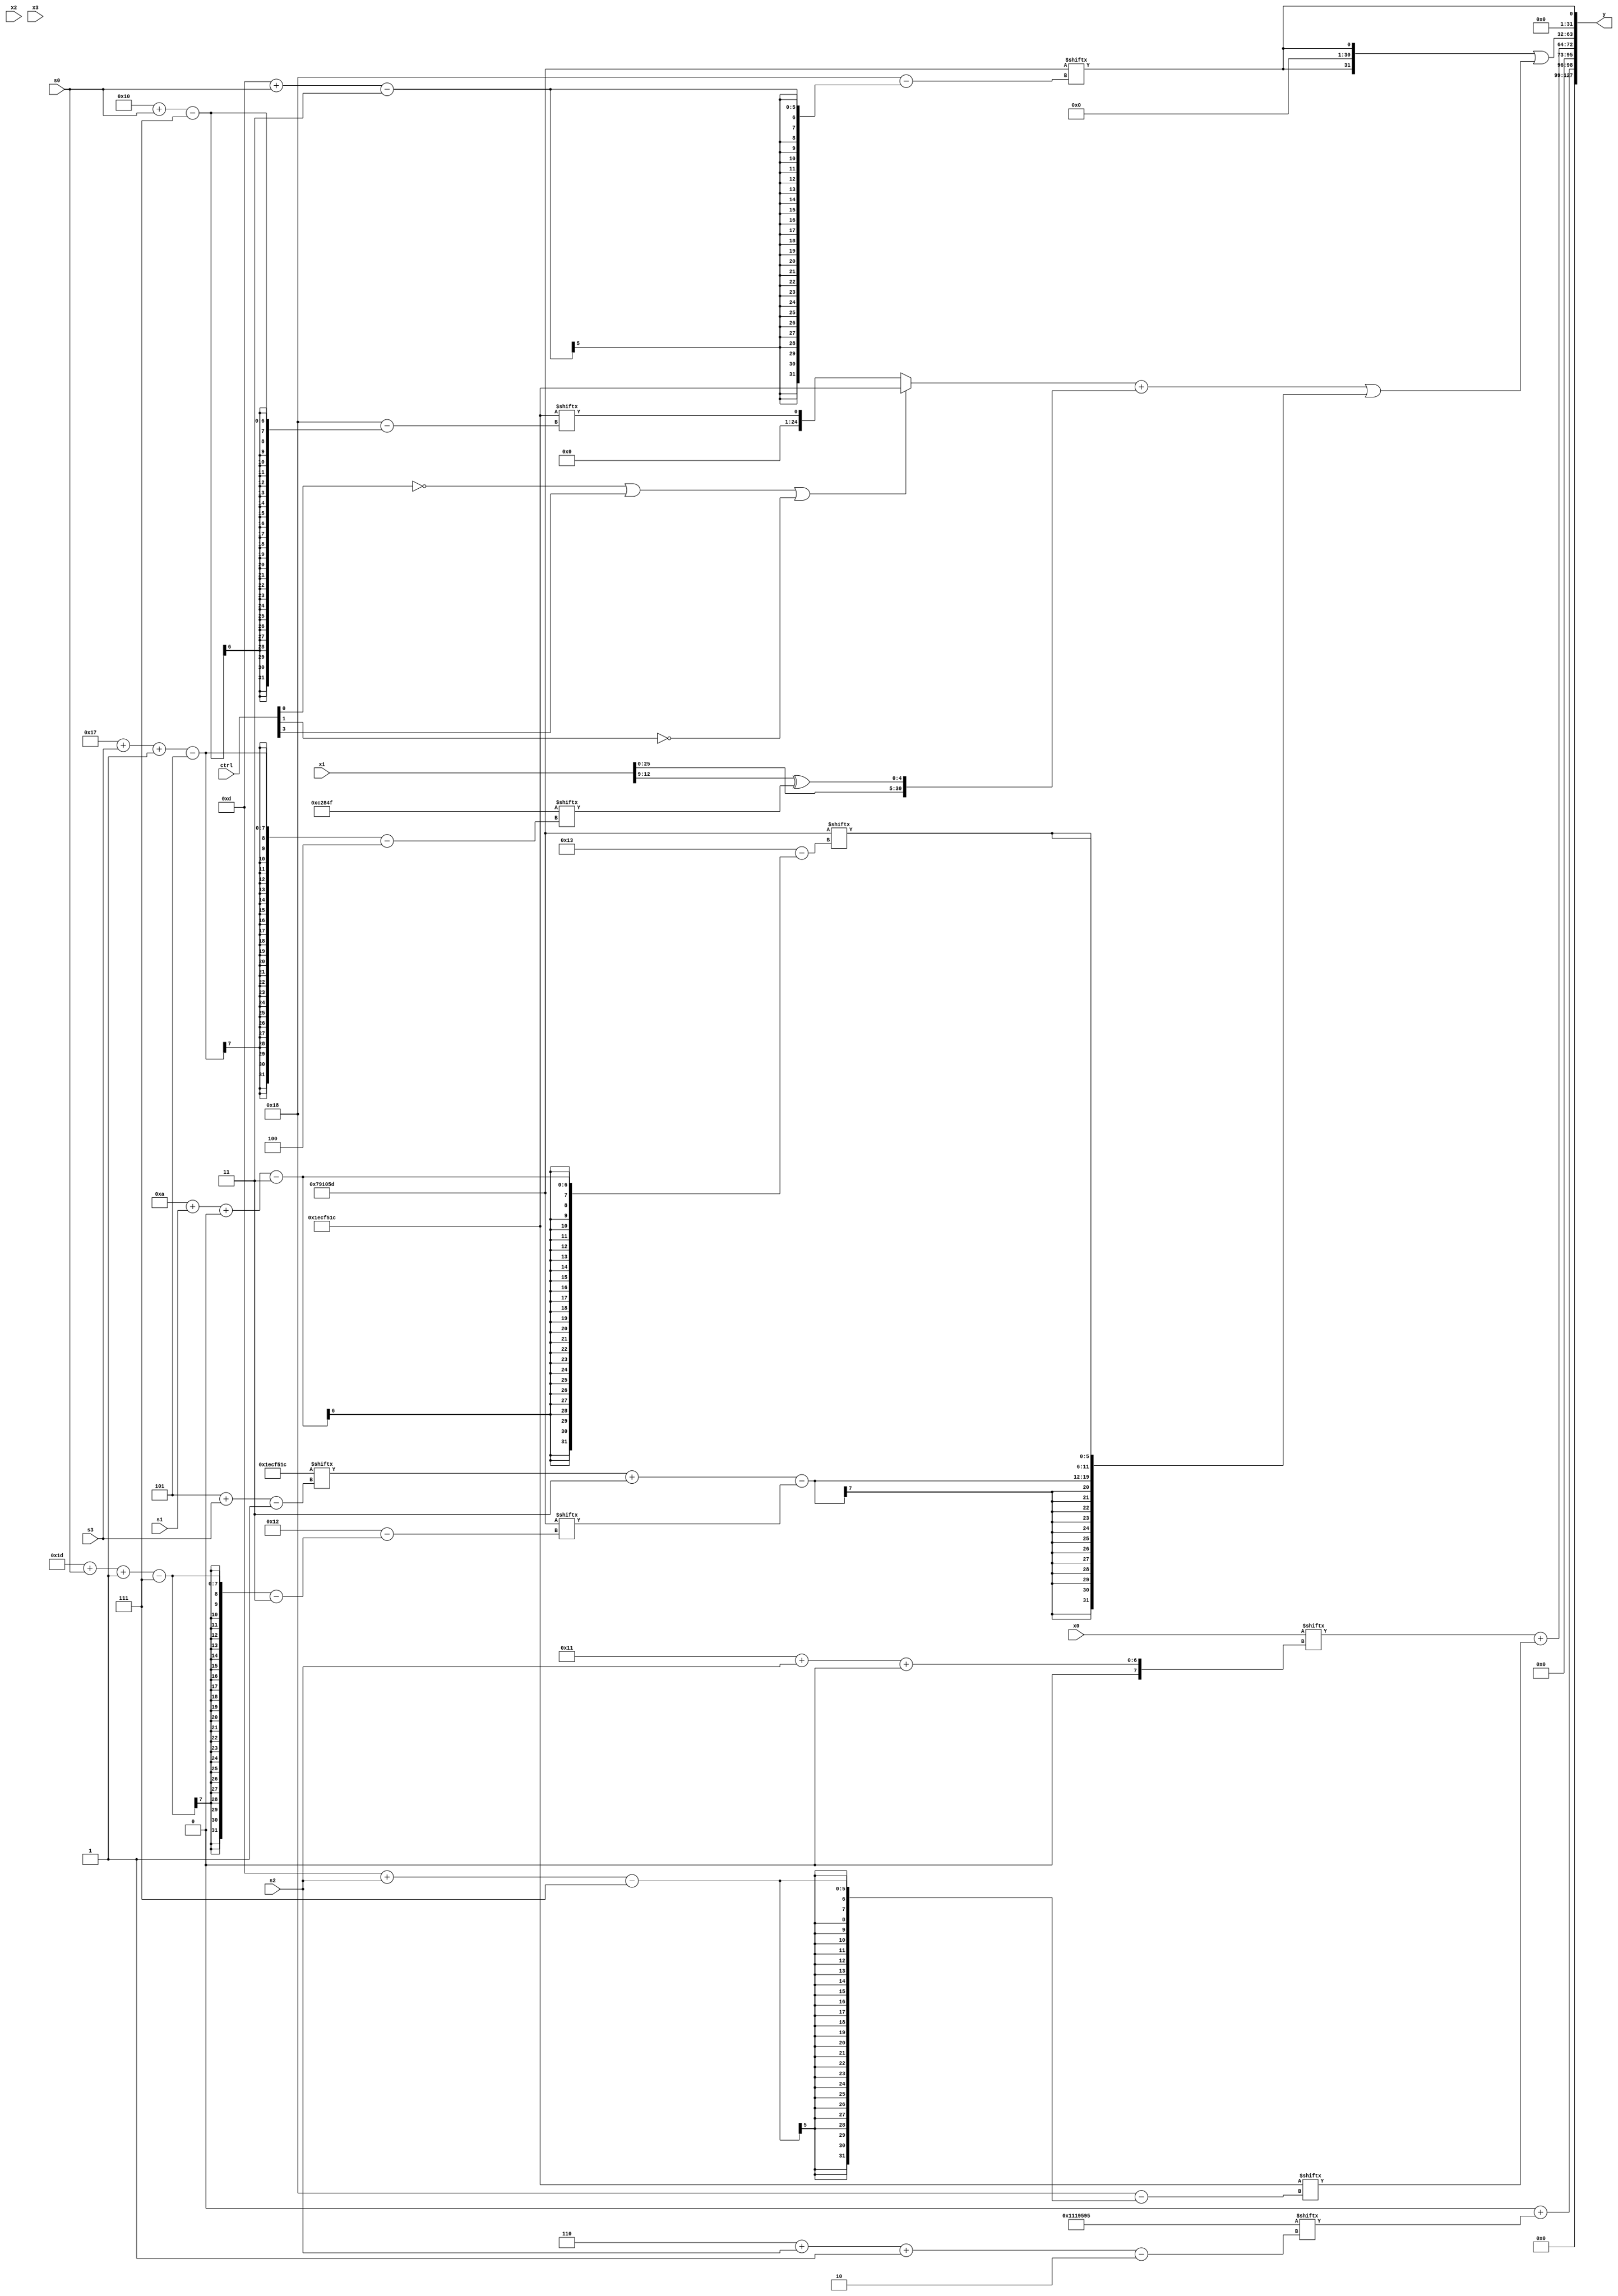
module partsel_00812(ctrl, s0, s1, s2, s3, x0, x1, x2, x3, y);
  input [3:0] ctrl;
  input [2:0] s0;
  input [2:0] s1;
  input [2:0] s2;
  input [2:0] s3;
  input [31:0] x0;
  input [31:0] x1;
  input [31:0] x2;
  input [31:0] x3;
  wire signed [31:1] x4;
  wire signed [26:2] x5;
  wire [31:1] x6;
  wire signed [30:4] x7;
  wire [4:26] x8;
  wire [5:29] x9;
  wire signed [30:0] x10;
  wire signed [1:31] x11;
  wire signed [28:7] x12;
  wire [29:4] x13;
  wire [29:7] x14;
  wire signed [30:1] x15;
  output [127:0] y;
  wire signed [31:0] y0;
  wire signed [31:0] y1;
  wire [31:0] y2;
  wire signed [31:0] y3;
  assign y = {y0,y1,y2,y3};
  localparam [7:31] p0 = 401405212;
  localparam [3:27] p1 = 142151773;
  localparam [24:4] p2 = 51128399;
  localparam [27:0] p3 = 17929621;
  assign x4 = p1[13 + s0];
  assign x5 = (x0[17 + s2 +: 8] + p0[13 + s2]);
  assign x6 = p0;
  assign x7 = (!ctrl[0] && !ctrl[3] || !ctrl[2] ? x1 : ((p1[28 + s2 -: 3] - x2[4 + s0 +: 7]) & p3[23 -: 1]));
  assign x8 = p3[13 -: 2];
  assign x9 = x5;
  assign x10 = p3[20 + s0 -: 4];
  assign x11 = (p1[13 + s0] & ((({2{x8[6 + s1]}} - (p3[14 + s0] + p3[16])) | {2{{p2[12 + s1], x3[14 +: 3]}}}) - x6));
  assign x12 = (((ctrl[1] && ctrl[0] || ctrl[3] ? ((p1[10 +: 2] ^ x7[16 + s3]) + (x8[11] - ((x7[22] - x2[11 + s0]) ^ x10))) : {p3[25 + s3 -: 6], (p1[13 +: 4] + x11)}) & ((p1 | p3[20 + s2 +: 3]) | ((ctrl[2] || !ctrl[1] && !ctrl[1] ? p2 : x9) + x3))) + x6[8]);
  assign x13 = {x6[10 + s2], x1};
  assign x14 = x0[8];
  assign x15 = x2;
  assign y0 = (p2[12] + p3[6 + s2 -: 2]);
  assign y1 = {x5[18 +: 4], x5};
  assign y2 = ({p0[17 + s0], {2{x4}}} | (((!ctrl[0] || ctrl[3] || !ctrl[1] ? p0 : p0[16 + s0]) + {x13, (x1[9 +: 4] ^ p2[23 + s3 -: 5])}) | {2{{((x6[5 + s3] + (p0[18 +: 2] | x8)) - p1[29 + s0 -: 7]), {2{p1[10 + s1 +: 6]}}}}}));
  assign y3 = x4;
endmodule